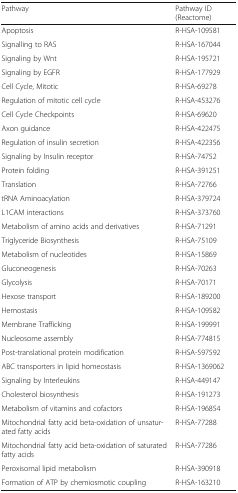
| Pathway | Pathway ID (Reactome) |
 | --- | --- |
 | Apoptosis | R-HSA-109581 |
 | Signalling to RAS | R-HSA-167044 |
 | Signaling by Wnt | R-HSA-195721 |
 | Signaling by EGFR | R-HSA-177929 |
 | Cell Cycle, Mitotic | R-HSA-69278 |
 | Regulation of mitotic cell cycle | R-HSA-453276 |
 | Cell Cycle Checkpoints | R-HSA-69620 |
 | Axon guidance | R-HSA-422475 |
 | Regulation of insulin secretion | R-HSA-422356 |
 | Signaling by Insulin receptor | R-HSA-74752 |
 | Protein folding | R-HSA-391251 |
 | Translation | R-HSA-72766 |
 | tRNA Aminoacylation | R-HSA-379724 |
 | L1CAM interactions | R-HSA-373760 |
 | Metabolism of amino acids and derivatives | R-HSA-71291 |
 | Triglyceride Biosynthesis | R-HSA-75109 |
 | Metabolism of nucleotides | R-HSA-15869 |
 | Gluconeogenesis | R-HSA-70263 |
 | Glycolysis | R-HSA-70171 |
 | Hexose transport | R-HSA-189200 |
 | Hemostasis | R-HSA-109582 |
 | Membrane Trafficking | R-HSA-199991 |
 | Nucleosome assembly | R-HSA-774815 |
 | Post-translational protein modification | R-HSA-597592 |
 | ABC transporters in lipid homeostasis | R-HSA-1369062 |
 | Signaling by Interleukins | R-HSA-449147 |
 | Cholesterol biosynthesis | R-HSA-191273 |
 | Metabolism of vitamins and cofactors | R-HSA-196854 |
 | Mitochondrial fatty acid beta-oxidation of unsaturated fatty acids | R-HSA-77288 |
 | Mitochondrial fatty acid beta-oxidation of saturated fatty acids | R-HSA-77286 |
 | Peroxisomal lipid metabolism | R-HSA-390918 |
 | Formation of ATP by chemiosmotic coupling | R-HSA-163210 |